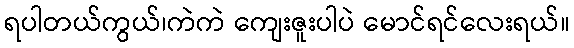
ရပါတယ်ကွယ်၊ကဲကဲ ကျေးဇူးပါပဲ မောင်ရင်လေးရယ်။